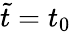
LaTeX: \tilde{t}=t_{0}